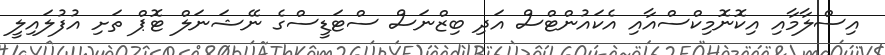
އިސްލާމާއި އިކޮނޮމިކްސްއާއި އެކައުންޓްސް އަދި ބިޒްނަސް ސްޓަޑީސްގެ ނޭޝަނަލް ޓޮޕް ތަށި އުފުލައިލީ